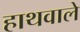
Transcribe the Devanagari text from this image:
हाथवाले